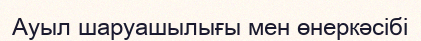
Ауыл шаруашылығы мен өнеркәсібі